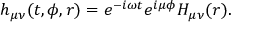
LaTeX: h _ { \mu \nu } ( t , \phi , r ) = e ^ { - i \omega t } e ^ { i \mu \phi } H _ { \mu \nu } ( r ) .